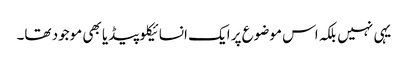
یہی نہیں بلکہ اس موضوع پر ایک انسائیکلوپیڈیا بھی موجود تھا۔